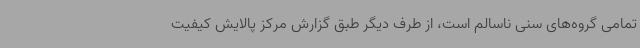
تمامی گروه‌های سنی ناسالم است، از طرف دیگر طبق گزارش مرکز پالایش کیفیت